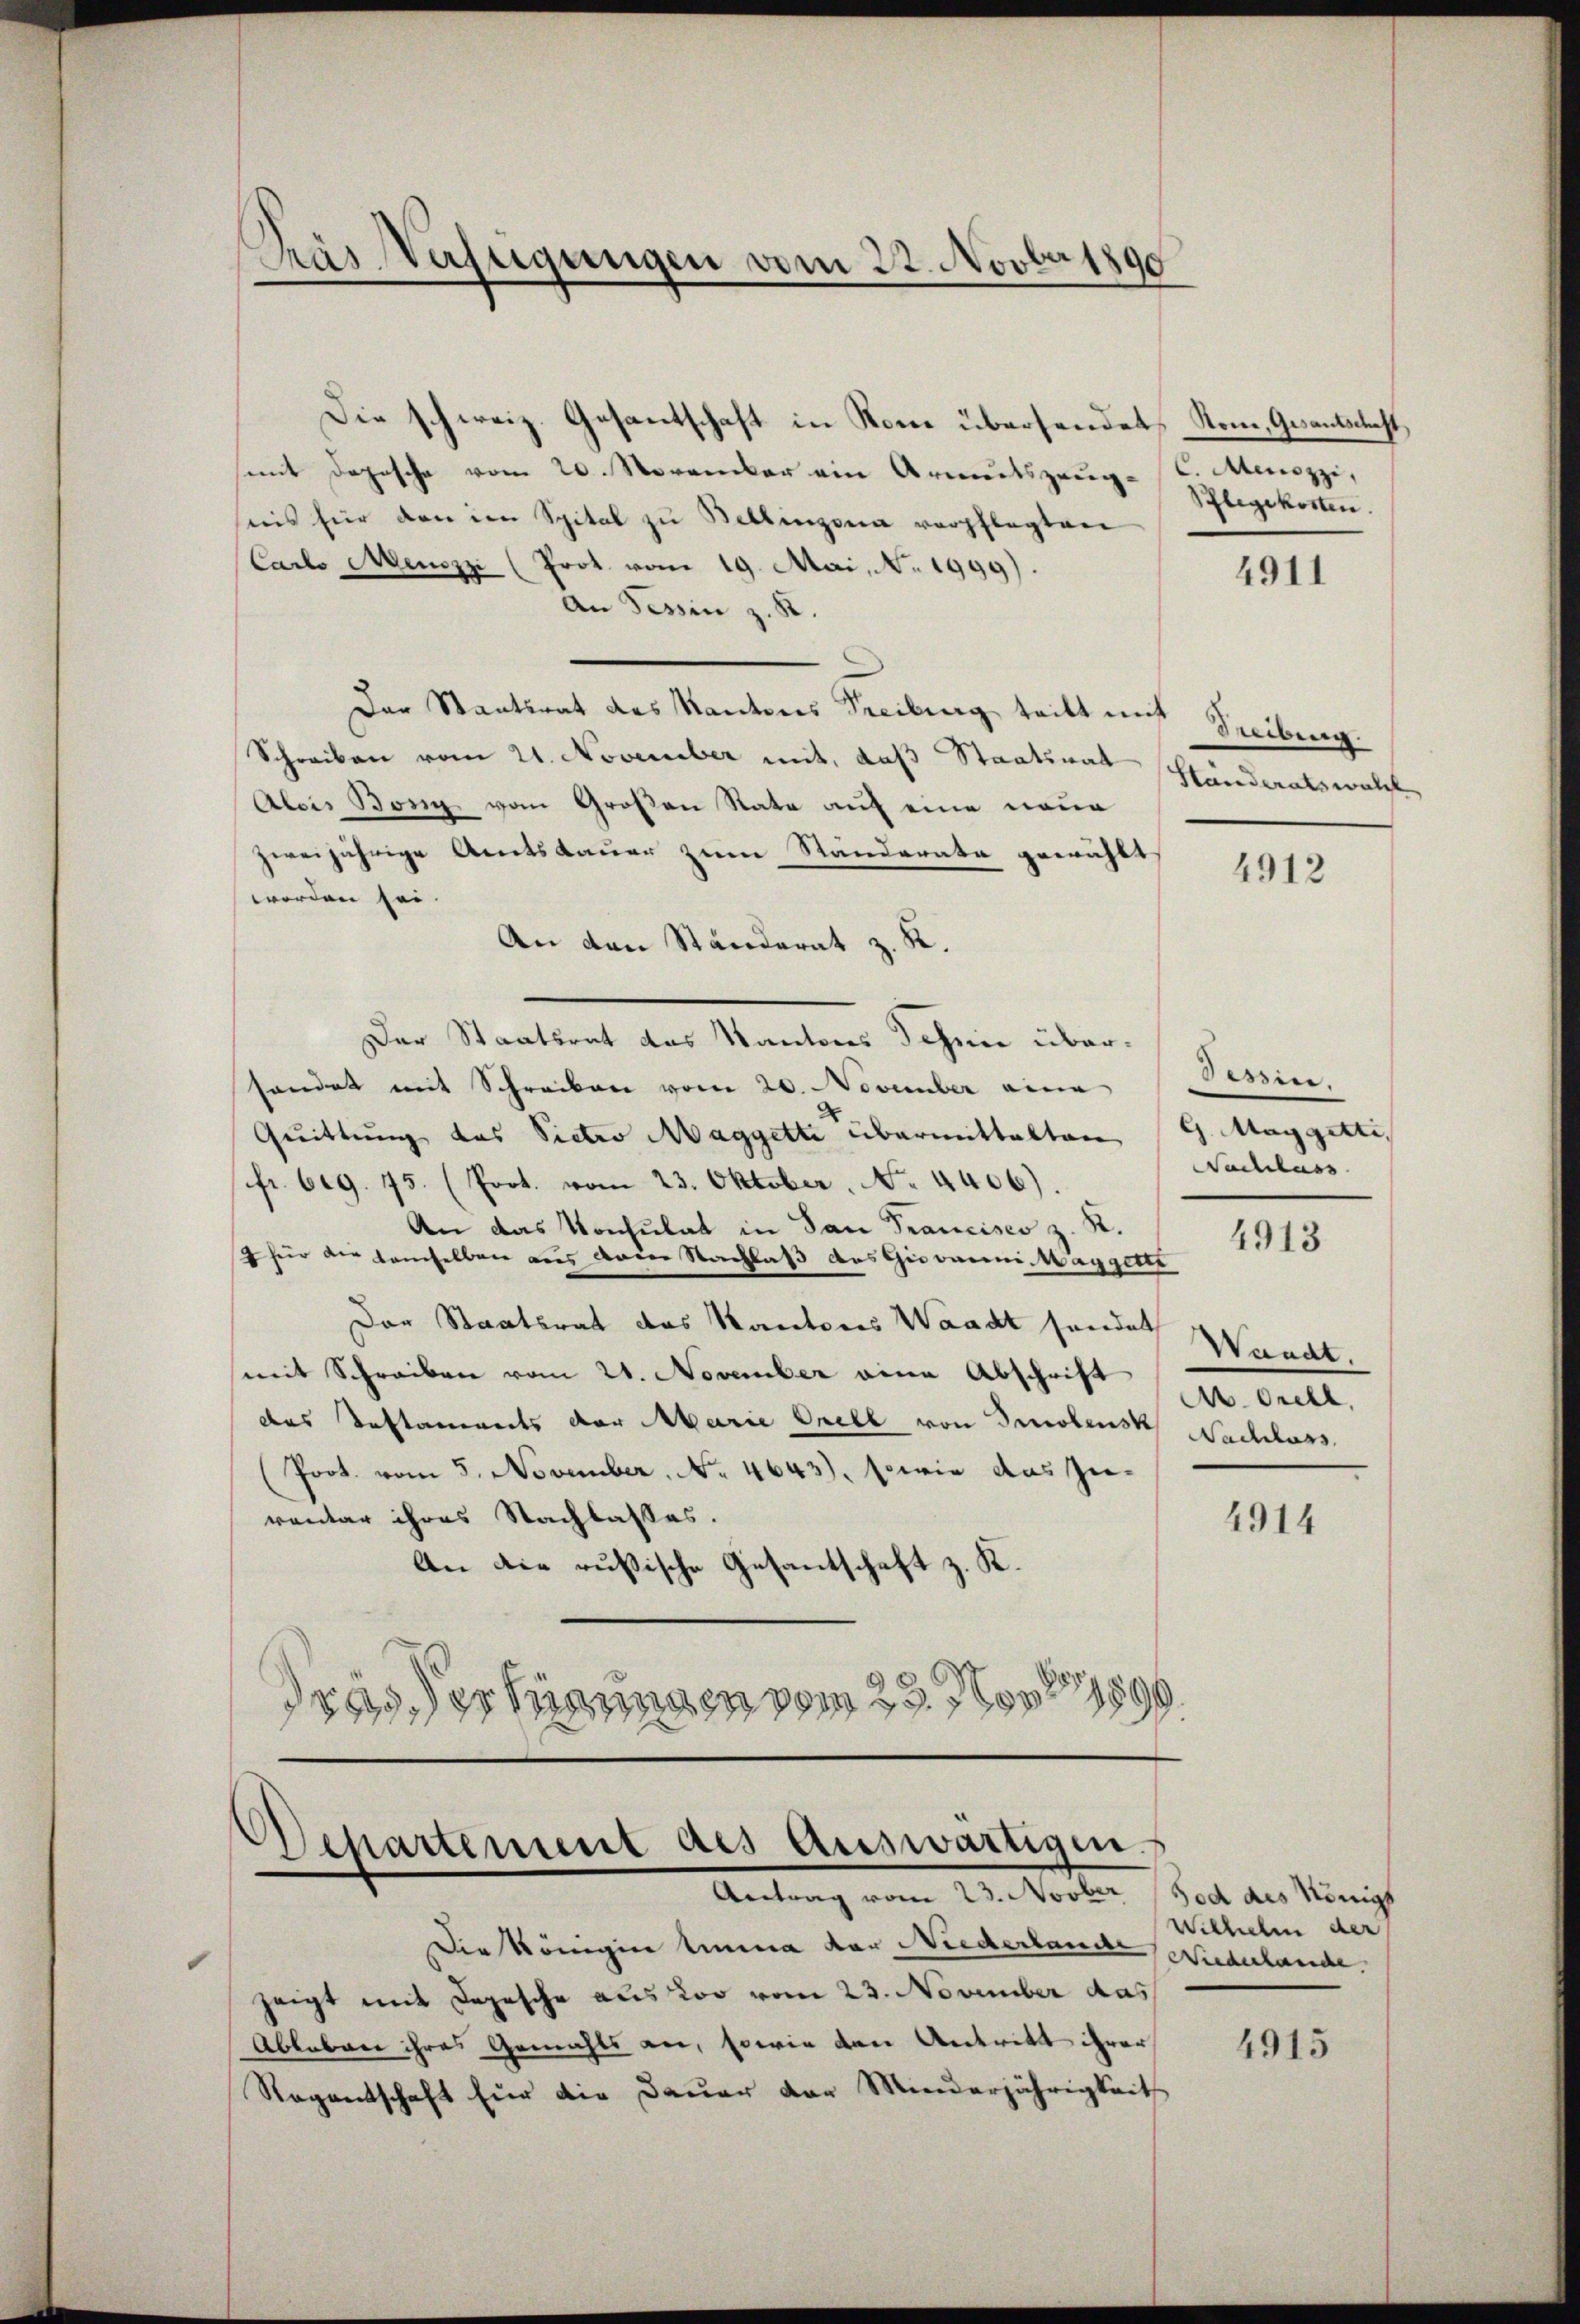
Päs Verfügungen vom 22. Novber 1890

Die schweiz. Gesantschaft in Rom übersendet
mit Depesche vom 20. November ein Armutszeug- C. Mezzi,
iis für den im Spital zu Bellinzona verpflegten
Carlo Menozzi (Prot. vom 19. Mai, No. 1999).
An Tessin z. R.
Der Staatsrat des Kantons Treibung tritt mit Seibung.
Schreiben vom 21. November mit, daß Staatsrat schländeratswalz
Alois Bonig vom Großen Rata auf eine neue
zweijährige Amtsdauer zum Standerate gewählt
worden sei.
An den Ständerat z. K.
Der Staatsrat das Kantons Schen überhandet mit Schreiben vom 20. November eine
Quittung das Victro Maggette übermittalten G. Maggitti
fr. 609. 75. (Prot. vom 23. Oktober, No. 4406).
An das Konsulat in San Francises z. R.
für der demselben aus dene Nachlaß des Giovanni-Wäggetti
Der Staatsrat das Kantores Waadt handet
mit Schreiben vom 21. November eine Abschrift
das Testaments der Marie Orell von Imolensk
(Poot. vom 5. November. No. 4643), sowie das Zuventar ihres Nachlasses.
An die russische Gesantschaft z. K.
r
drasser hinungen vom 23. Nov. 1899

Stone, Gesantschaft,
Pflegekosten.

4911

4912

Tessin.
Nachlass

4913

Waadt.
A. Orell.
Nachlass

4914

Separtement des Auswärtigen.
Antrag vom 23. Novber 1900 des Königs

Wilhelm der

Die Königine limina der Niederlande Niederlande.
zeigt mit Depesche aus Loo vom 23. November das
Ableben ihres Gemahls an, sowie den Antritt ihrer
Regentschaft für die Dauer der Minderjährigkeit

4915